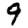
Digit: 9